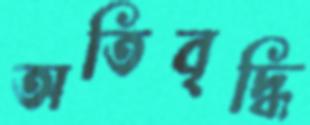
অতিবৃদ্ধি